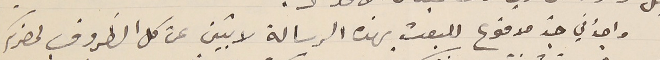
واجدُ في جدّ مدفوع للبعث بهذه الرسالة لاتبين عن كل الظروف لحضرتكم